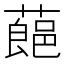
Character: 𮑛